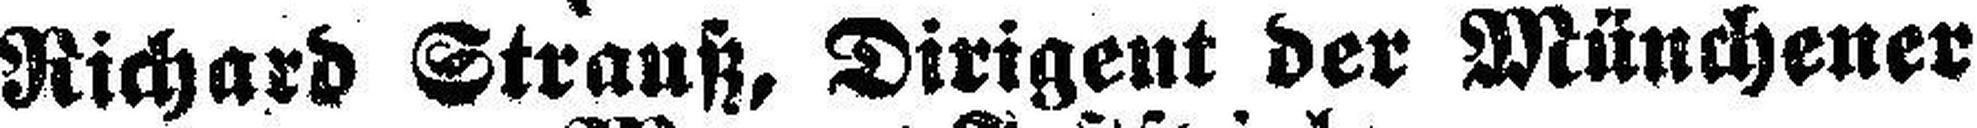
Richard Strauß, Dirigent der Münchener